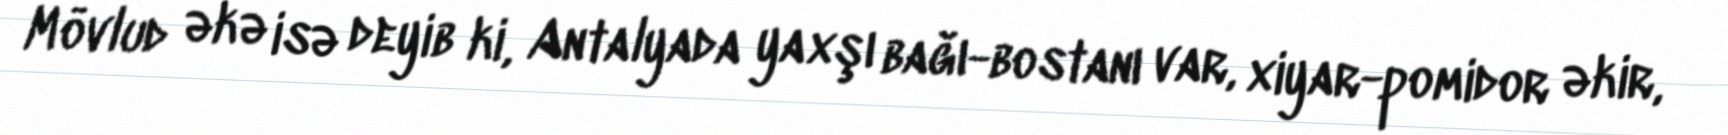
Mövlud əkə isə deyib ki, Antalyada yaxşı bağı-bostanı var, xiyar-pomidor əkir,